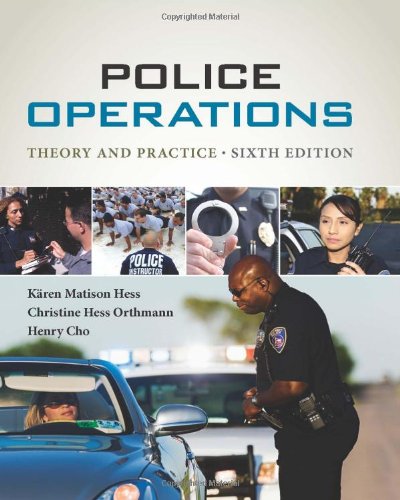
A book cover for Police Operations: Theory and Practice; KÃ¤ren M. Hess; Law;